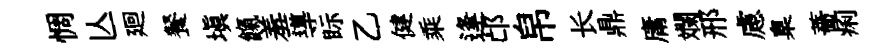
惆亾廻餐填餼羞導眎乙健乘逢邙帛长鼎庸斕邢慮臬薔痢